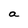
Character: a